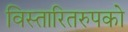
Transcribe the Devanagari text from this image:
विस्तारितरुपको